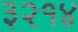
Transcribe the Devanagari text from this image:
३२१४